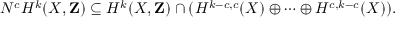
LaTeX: N ^ { c } H ^ { k } ( X , \mathbf { Z } ) \subseteq H ^ { k } ( X , \mathbf { Z } ) \cap ( H ^ { k - c , c } ( X ) \oplus \cdots \oplus H ^ { c , k - c } ( X ) ) .